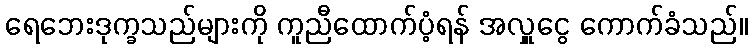
ရေဘေးဒုက္ခသည်များကို ကူညီထောက်ပံ့ရန် အလှူငွေ ကောက်ခံသည်။